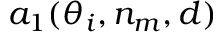
a _ { 1 } ( \theta _ { i } , n _ { m } , d )